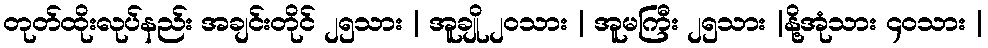
တုတ်ထိုးလုပ်နည်း အချင်းတိုင် ၂၅သား | အူချို ၂၀သား | အူမကြီး ၂၅သား |နို့အုံသား ၄၀သား |